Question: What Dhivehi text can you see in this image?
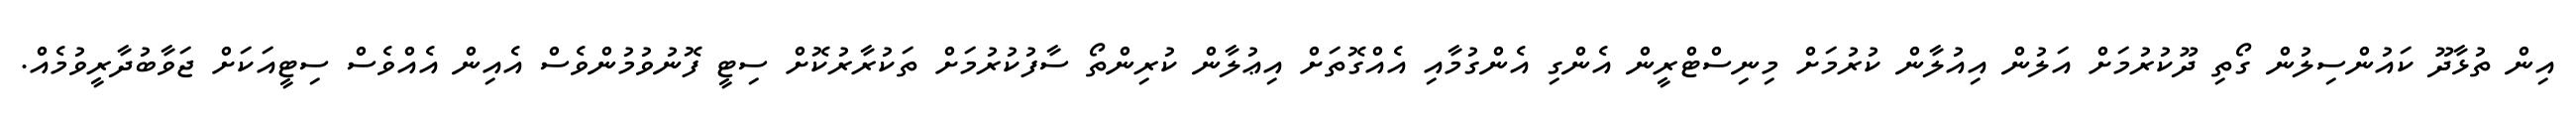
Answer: އިން ތުޅާދޫ ކައުންސިލުން ގޯތި ދޫކުރުމަށް އަލުން އިއުލާން ކުރުމަށް މިނިސްޓްރީން އެންގި އެންގުމާއި އެއްގޮތަށް އިޢުލާން ކުރިންތޯ ސާފުކުރުމަށް ތަކުރާރުކޮށް ސިޓީ ފޮނުވުމުންވެސް އެއިން އެއްވެސް ސިޓީއަކަށް ޖަވާބުދާރީވުމެއް.